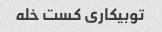
توبیکاری کست خله